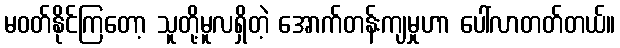
မဝတ်နိုင်ကြတော့ သူတို့မူလရှိတဲ့ အောက်တန်းကျမှုဟာ ပေါ်လာတတ်တယ်။